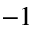
^ { - 1 }